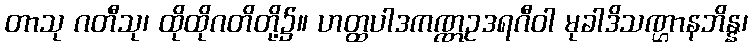
တာသု ဂတီသု၊ ထိုထိုဂတိတို့၌။ ဟတ္ထပါဒကဏ္ဏဥဒရဂီဝါ မုခါဒိသဏ္ဌာနဘိန္န၊